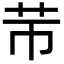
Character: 䒥